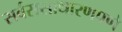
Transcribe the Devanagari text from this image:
सर्वससाधारणपणे